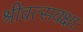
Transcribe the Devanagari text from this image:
श्रीवत्सवक्षाः